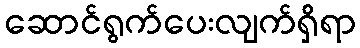
ဆောင်ရွက်ပေးလျက်ရှိရာ